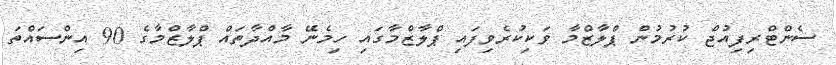
ސެންޓްރިފިއުޖް ކުރުމުން ޕްލާޒްމާ ވަކިކުރެވިފައި ޕްލާޒްމާގައި ހިމެނޭ މާއްދާތައް ޕްލާޒްމާގެ 90 އިންސައްތަ